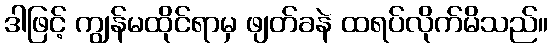
ဒါဖြင့် ကျွန်မထိုင်ရာမှ ဖျတ်ခနဲ ထရပ်လိုက်မိသည်။